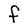
Character: F